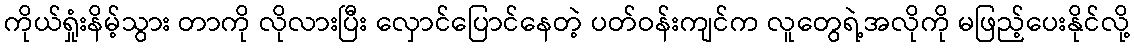
ကိုယ်ရှုံးနိမ့်သွား တာကို လိုလားပြီး လှောင်ပြောင်နေတဲ့ ပတ်ဝန်းကျင်က လူတွေရဲ့အလိုကို မဖြည့်ပေးနိုင်လို့